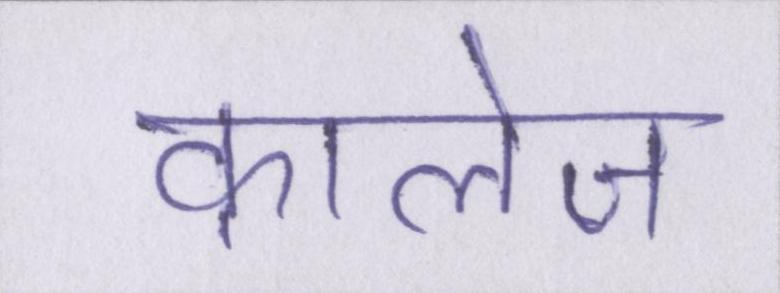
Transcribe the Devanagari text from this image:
कालेज